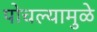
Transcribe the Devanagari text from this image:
पोचल्यामुळे